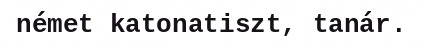
német katonatiszt, tanár.